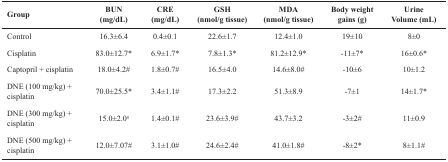
<table><thead><tr><td><b>Group</b></td><td><b>BUN(mg/dL)</b></td><td><b>CRE(mg/dL)</b></td><td><b>GSH(nmol/g tissue)</b></td><td><b>MDA(nmol/g tissue)</b></td><td><b>Body weight gains (g)</b></td><td><b>UrineVolume (mL)</b></td></tr></thead><tbody><tr><td>Control</td><td>16.3±6.4</td><td>0.4±0.1</td><td>22.6±1.7</td><td>12.4±1.0</td><td>19±10</td><td>8±0</td></tr><tr><td>Cisplatin</td><td>83.0±12.7*</td><td>6.9±1.7*</td><td>7.8±1.3*</td><td>81.2±12.9*</td><td>-11±7*</td><td>16±0.6*</td></tr><tr><td>Captopril + cisplatin</td><td>18.0±4.2#</td><td>1.8±0.7#</td><td>16.5±4.0</td><td>14.6±8.0#</td><td>-10±6</td><td>10±1.2</td></tr><tr><td>DNE (100 mg/kg) + cisplatin</td><td>70.0±25.5*</td><td>3.4±1.1#</td><td>17.3±2.2</td><td>51.3±8.9</td><td>-7±1</td><td>14±1.7*</td></tr><tr><td>DNE (300 mg/kg) + cisplatin</td><td>15.0±2.0#</td><td>1.4±0.1#</td><td>23.6±3.9#</td><td>43.7±3.2</td><td>-3±2#</td><td>11±0.9</td></tr><tr><td>DNE (500 mg/kg) + cisplatin</td><td>12.0±7.07#</td><td>3.1±1.0#</td><td>24.6±2.4#</td><td>41.0±1.8#</td><td>-8±2*</td><td>8±1.1#</td></tr></tbody></table>